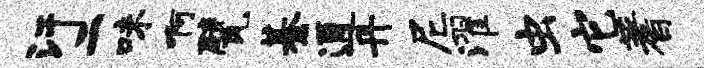
汗二味啊甓綦通丹尼濯虫它蓍